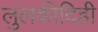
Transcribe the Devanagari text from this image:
लुलकीदिही